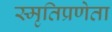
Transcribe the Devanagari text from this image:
स्मृतिप्रणेता